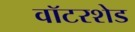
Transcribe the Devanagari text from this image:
वॉटरशेड